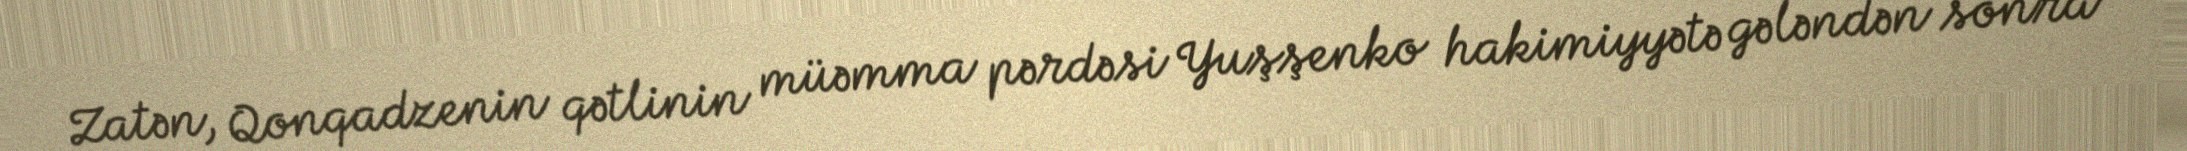
Zatən, Qonqadzenin qətlinin müəmma pərdəsi Yuşşenko hakimiyyətə gələndən sonra